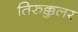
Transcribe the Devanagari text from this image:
तिरुक्कुलर